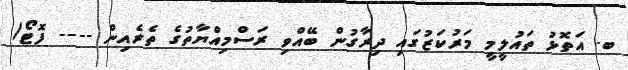
ބ. އަތޮޅު ތައުލީމީ މަރުކަޒުގައި ދިރާގުން ބޭއްވި ރަސްމިއްޔާތުގެ ތެރެއިން ---- ފޮޓޯ/